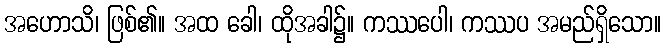
အဟောသိ၊ ဖြစ်၏။ အထ ခေါ၊ ထိုအခါ၌။ ကဿပေါ၊ ကဿပ အမည်ရှိသော။